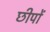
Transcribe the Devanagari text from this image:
छीपों